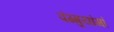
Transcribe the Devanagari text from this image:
पंग्गुयांगां